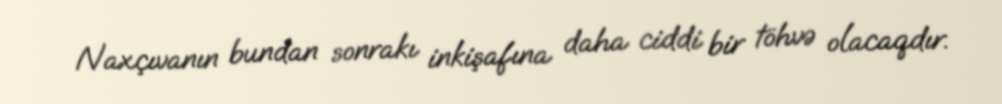
Naxçıvanın bundan sonrakı inkişafına daha ciddi bir töhvə olacaqdır.